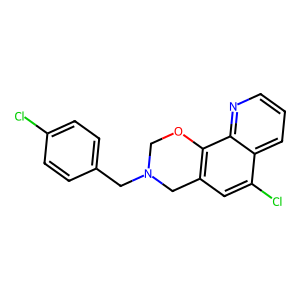
SMILES: Clc1ccc(CN2COc3c(cc(Cl)c4cccnc34)C2)cc1
Inhibits HIV replication: No